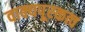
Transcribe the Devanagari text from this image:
वाक्यपूरकत्व